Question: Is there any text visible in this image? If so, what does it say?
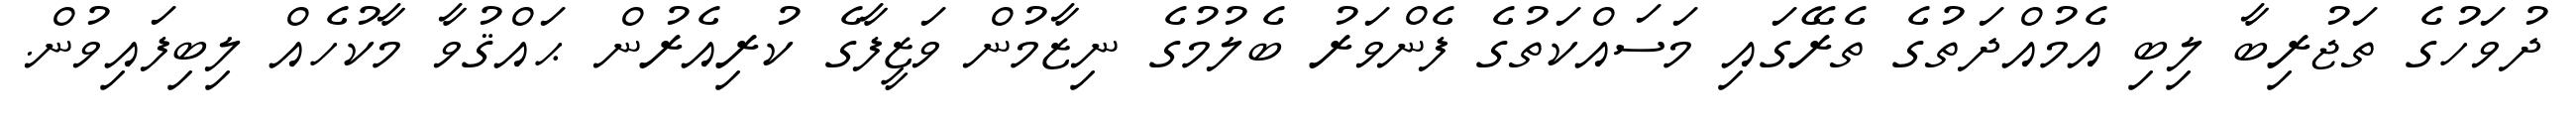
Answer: ދުވަހުގެ ތަޖުރިބާ ލިބި އެމުއްދަތުގެ ތެރޭގައި މަސައްކަތުގެ ފެންވަރު ބެލުމުގެ ނިޒާމުން ވަޒީފާގެ ކުރިއެރުން ޙައްޤުވާ މާކުހެއް ލިބިފައިވުން.